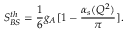
S _ { B S } ^ { t h } = \frac { 1 } { 6 } g _ { A } [ 1 - \frac { \alpha _ { s } ( Q ^ { 2 } ) } { \pi } ] .